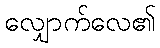
လျှောက်လေ၏